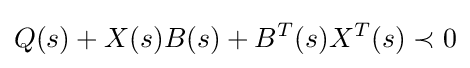
Q(s)+X(s)B(s)+B^{T}(s)X^{T}(s)\prec 0